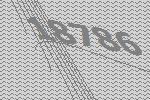
18786